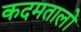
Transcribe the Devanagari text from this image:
कदमतालों